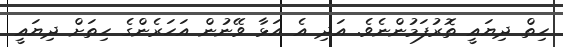
ހިތް ދިޔައީ ތޮރުފަމުންނެވެ. އަދި އެ އަޅާ ވޭނުން އަހަރެންގެ ހިތަށް ދިޔައީ